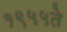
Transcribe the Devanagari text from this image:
१९५५ते